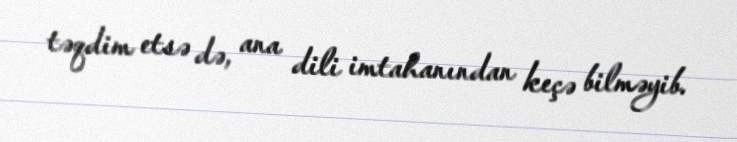
təqdim etsə də, ana dili imtahanından keçə bilməyib.